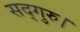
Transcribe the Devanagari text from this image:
सद्गुरु।